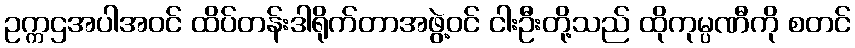
ဥက္ကဌအပါအဝင် ထိပ်တန်းဒါရိုက်တာအဖွဲ့ဝင် ငါးဦးတို့သည် ထိုကုမ္ပဏီကို စတင်